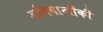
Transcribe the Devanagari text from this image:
अभियान्त्रीकी